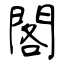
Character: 閣